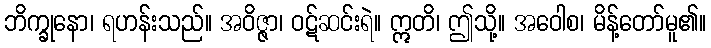
ဘိက္ခုနော၊ ရဟန်းသည်။ အဝိဇ္ဇာ၊ ဝဋ်ဆင်းရဲ။ ဣတိ၊ ဤသို့။ အဝေါစ၊ မိန့်တော်မူ၏။